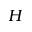
{ \cal H }